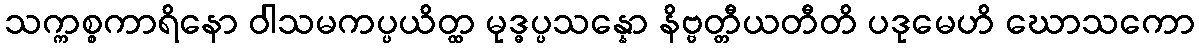
သက္ကစ္စကာရိနော ဝါသမကပ္ပယိတ္ထ မုဒ္ဓပ္ပသန္နော နိဗ္ဗတ္တီယတီတိ ပဒုမေဟိ ဃောသကော